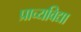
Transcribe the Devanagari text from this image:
प्राच्‍यविद्या